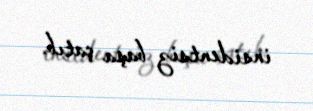
insidentsiz başa çatıb.